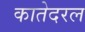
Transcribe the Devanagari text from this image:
कातेदरल